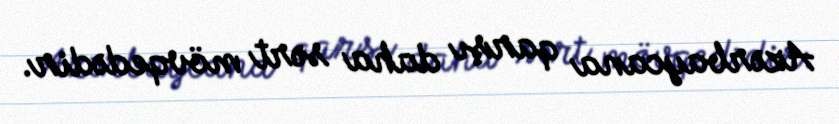
Azərbaycana qarşı daha sərt mövqedədir.